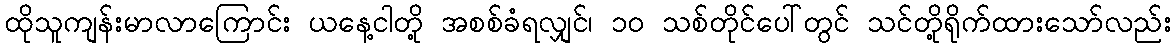
ထိုသူကျန်းမာလာကြောင်း ယနေ့ငါတို့ အစစ်ခံရလျှင်၊ ၁၀ သစ်တိုင်ပေါ်တွင် သင်တို့ရိုက်ထားသော်လည်း